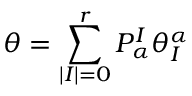
\theta = \sum _ { | I | = 0 } ^ { r } P _ { \alpha } ^ { I } \theta _ { I } ^ { \alpha }